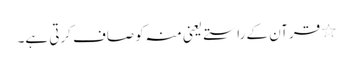
٭ قرآن کے راستے یعنی منہ کو صاف کرتی ہے۔